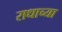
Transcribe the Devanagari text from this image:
राधाच्या